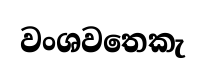
වංශවතෙකැ